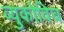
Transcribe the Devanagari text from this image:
व्युकोविच